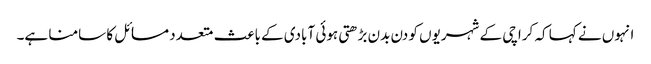
انہوں نے کہا کہ کراچی کے شہریوں کو دن بدن بڑھتی ہوئی آبادی کے باعث متعدد مسائل کا سامنا ہے۔